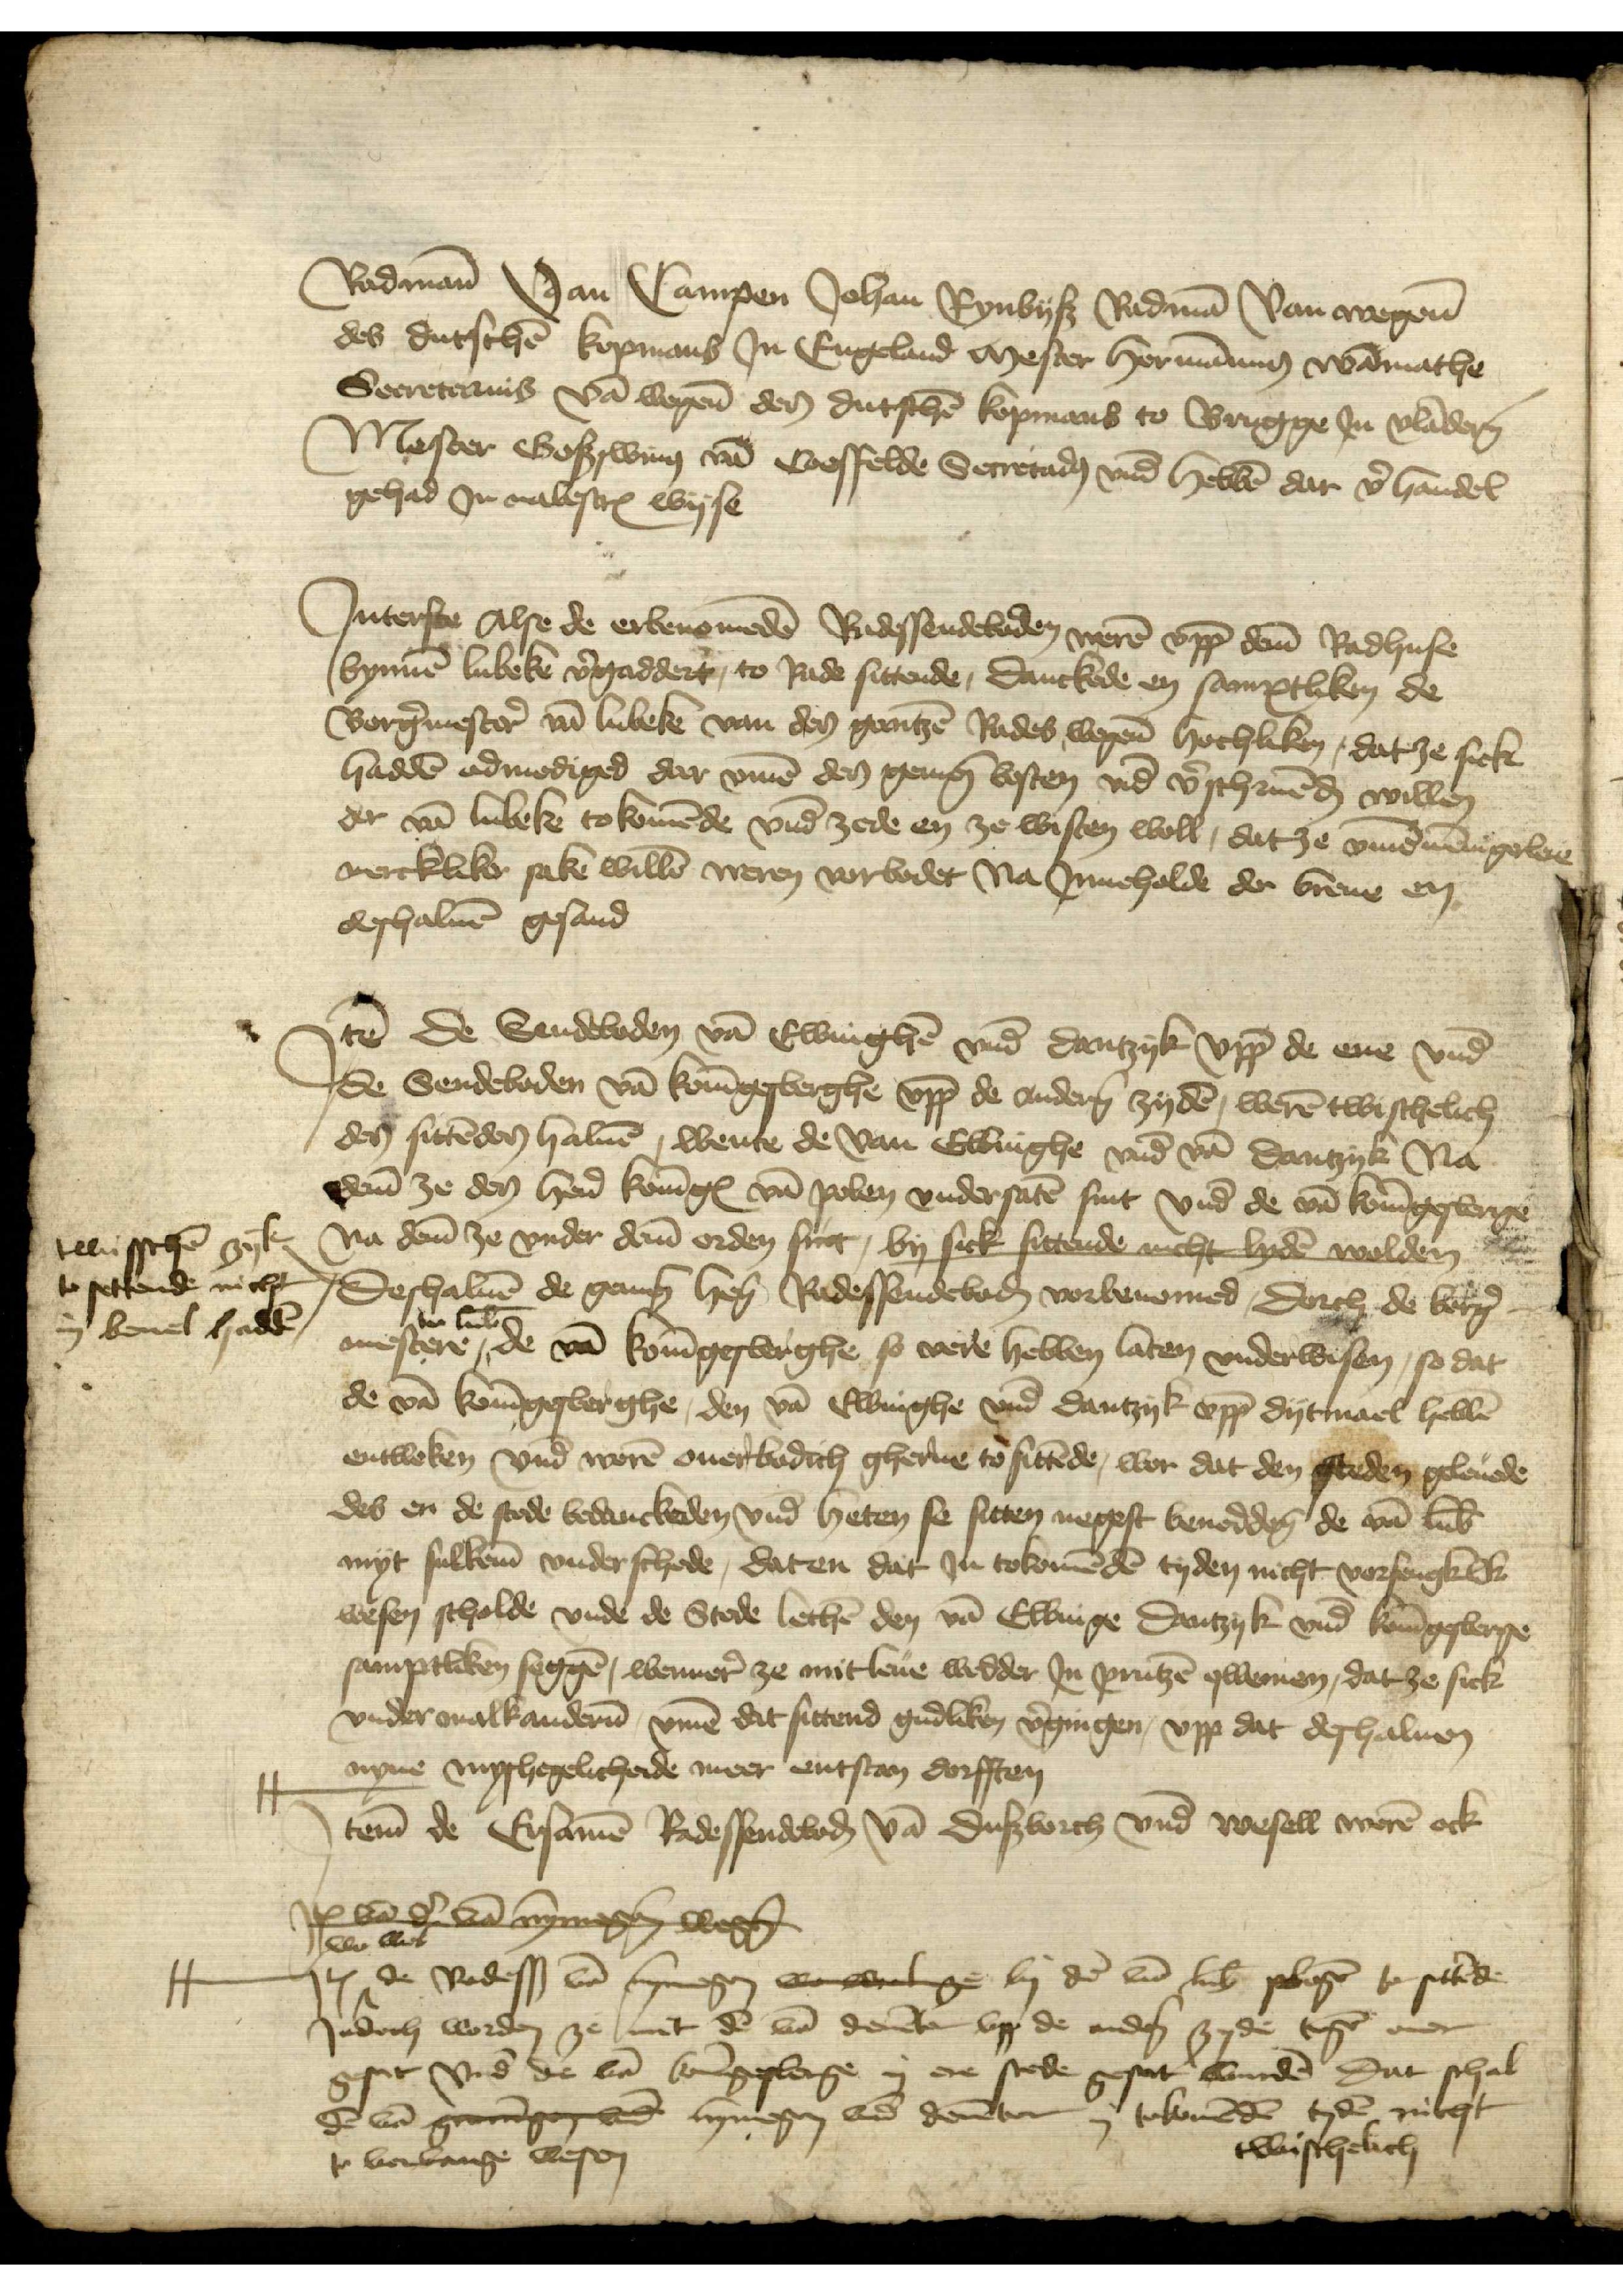
Radmān van Campen Johan Eynbyß Radmā van wegen̄
des dutschē kopmans Jn Engeland mester Hormānio̧ Wāmathe
Secretarius vā wegen̄ de dutschē kopmans to Brugge Jn Vlāder̉n
Mester Boßswino̧ vā Coeffelde Secretado̧ vnd hebbē dar v̉handel
gehad Jn nabescrꝬ Wyse

Jnterse Alse de erbenomedē Radessendeboden werē vpp dem̄ Radhuse
bynnē Lubeke v̉gaddert, to Rade sittende, Danckede en samptliken de
Borg̉mestẻ vā Lubeke van den gantzē Rades wegen̄ hochliken, dat ze sick
haddē odmodiged dar v̄me den gemen̄ besten vnd v̉schriuēḑ willen
der vā Lubeke to komēde de vnd zede en ze wisten woll, dat ze v̄me mēnigerleie
mercklike sake willē weren vorbodet na Jnneholde de breue en
deshaluē gesand

Jꝷ de Sendeboden vā Elbinghē vnd Dantzyk vpp de ene vnd 
de Sendeboden vā konīgesberghe vpp de ander̉n zydē, werē twischelich 
des sittēden haluē, wente de van Elbinghe vnd vā Dantzyk Na
dem ze den her̉ konīgꝬ vā Polen vndersatē sint vnd de vā Konīgesberge 
na dem̄ ze vnder dem̄ orden sint, by sick sittende nicht lydē wolden
Deshaluē de gemen̄ her̉ Radessendeboḑ vorbenomed, dorch de borg̉¬
mestere in Lub̄ de vā Konīgesberghe so vere hebben laten vnderwisen, so dat
de vā Konīgesberghe, de vā Elbinghe vnd Dantzyk vpp dytmael hebbē
entweken vnd werē ouerbodich gherne to sittēde, wor dat den steden geleuede
des en de stede bedenckeden vnd heten se sitten negest benodden, de vā Lub̄
myt sulklem̄ vnderschede, dat en dat Jn tokomēdē tyden nicht vorfengklik
wesen schalde vnde de Stede lethē den vā Elbinge Dantzyk vnd Konīgesberge
samptliken seggē, wenner ze mit Leue wedder Jn Prutzē qwemen, dat ze sick
vnder malkander̉n v̄me dat sittend gudliken v̉gingen, vpp dat deshaluen
|| nyne myshegelicheide meer entstan dorfften

twischē zyk
to settende nicht
in beuel haddē

Jtem de Ersamē Radessendeboḑ vā Dusborch vnd Wesel werē ock

Jꝷ vā d̄ vā Nȳmegen wegen
||Jꝷ wo wol de Radesß vā Nymegen wo wol ze by dr̉ vā Lub̄ plegē to sittēde
Jedoch worden ze mit dē vā Deuēter vpp de andẻ zyde tegē ouer
gesat vnd de vā Konīgesberge in ere stede gesat wordē dat schal 
dē vā groningen vnd Nymegen vnd Deuēter in tokomēdē tydē nicht   
to verbange wesen

twischelich